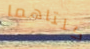
كلتاهما